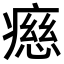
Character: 𤹏